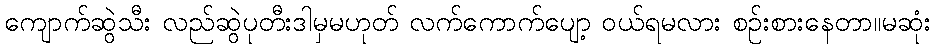
ကျောက်ဆွဲသီး လည်ဆွဲပုတီးဒါမှမဟုတ် လက်ကောက်ပျော့ ဝယ်ရမလား စဉ်းစားနေတာ။မဆုံး